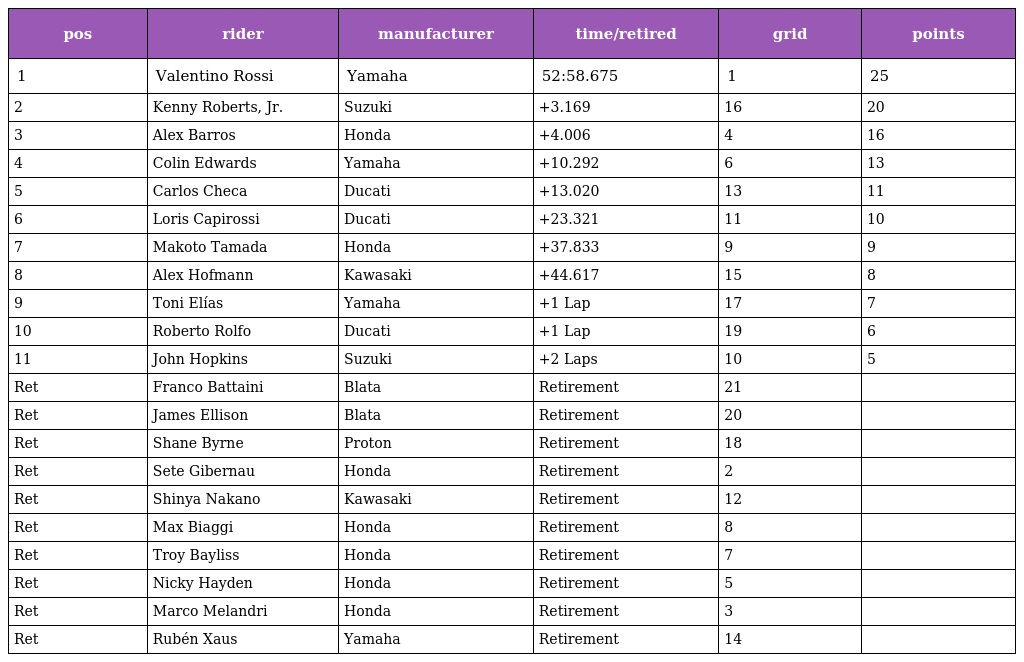
| pos | rider | manufacturer | time/retired | grid | points |
 | --- | --- | --- | --- | --- | --- |
 | 1 | Valentino Rossi | Yamaha | 52:58.675 | 1 | 25 |
 | 2 | Kenny Roberts, Jr. | Suzuki | +3.169 | 16 | 20 |
 | 3 | Alex Barros | Honda | +4.006 | 4 | 16 |
 | 4 | Colin Edwards | Yamaha | +10.292 | 6 | 13 |
 | 5 | Carlos Checa | Ducati | +13.020 | 13 | 11 |
 | 6 | Loris Capirossi | Ducati | +23.321 | 11 | 10 |
 | 7 | Makoto Tamada | Honda | +37.833 | 9 | 9 |
 | 8 | Alex Hofmann | Kawasaki | +44.617 | 15 | 8 |
 | 9 | Toni Elías | Yamaha | +1 Lap | 17 | 7 |
 | 10 | Roberto Rolfo | Ducati | +1 Lap | 19 | 6 |
 | 11 | John Hopkins | Suzuki | +2 Laps | 10 | 5 |
 | Ret | Franco Battaini | Blata | Retirement | 21 |  |
 | Ret | James Ellison | Blata | Retirement | 20 |  |
 | Ret | Shane Byrne | Proton | Retirement | 18 |  |
 | Ret | Sete Gibernau | Honda | Retirement | 2 |  |
 | Ret | Shinya Nakano | Kawasaki | Retirement | 12 |  |
 | Ret | Max Biaggi | Honda | Retirement | 8 |  |
 | Ret | Troy Bayliss | Honda | Retirement | 7 |  |
 | Ret | Nicky Hayden | Honda | Retirement | 5 |  |
 | Ret | Marco Melandri | Honda | Retirement | 3 |  |
 | Ret | Rubén Xaus | Yamaha | Retirement | 14 |  |